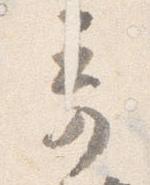
奇